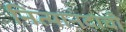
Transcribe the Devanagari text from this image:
नित्यानंदाची